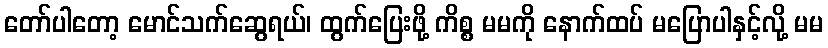
တော်ပါတော့ မောင်သက်ဆွေရယ်၊ ထွက်ပြေးဖို့ ကိစ္စ မမကို နောက်ထပ် မပြောပါနှင့်လို့ မမ